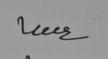
Signature authenticity: genuine